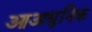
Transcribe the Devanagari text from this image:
आअधुनिक